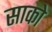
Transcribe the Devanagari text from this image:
साको